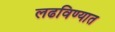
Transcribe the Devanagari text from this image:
लढविण्यात